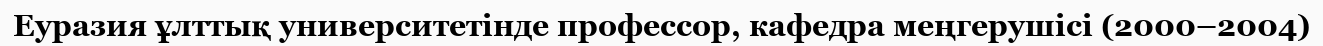
Еуразия ұлттық университетінде профессор, кафедра меңгерушісі (2000–2004)